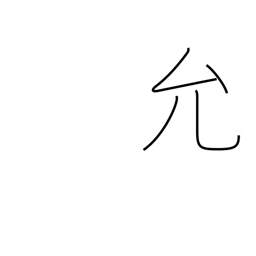
Meaning: license